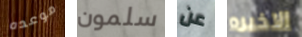
موعده سلمون عن الاخيره